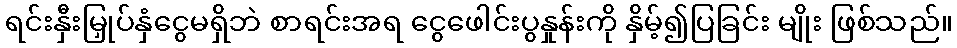
ရင်းနှီးမြှုပ်နှံငွေမရှိဘဲ စာရင်းအရ ငွေဖေါင်းပွနှုန်းကို နှိမ့်၍ပြခြင်း မျိုး ဖြစ်သည်။